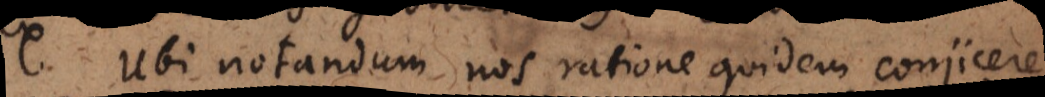
Ubi notandum nos ratione quidem conjicere